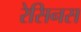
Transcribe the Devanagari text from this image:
रेसिनस